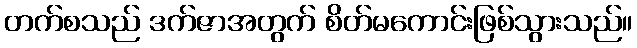
တက်စသည် ဒက်ဇာအတွက် စိတ်မကောင်းဖြစ်သွားသည်။